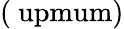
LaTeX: \mathrm{{(\ upmum)}}